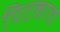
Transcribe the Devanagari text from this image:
पिटकाचा